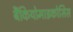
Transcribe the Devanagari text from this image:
बैंकियोमाइकोसिस